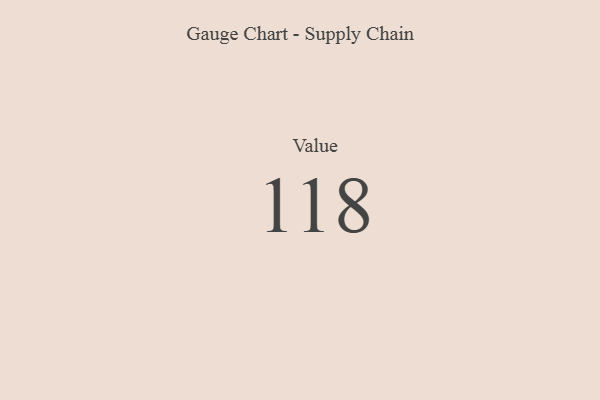
{"axis": {"x": "Metric", "y": "Value"}, "legend": [""], "data": [{"x": "Value", "y": 118, "type": ""}]}